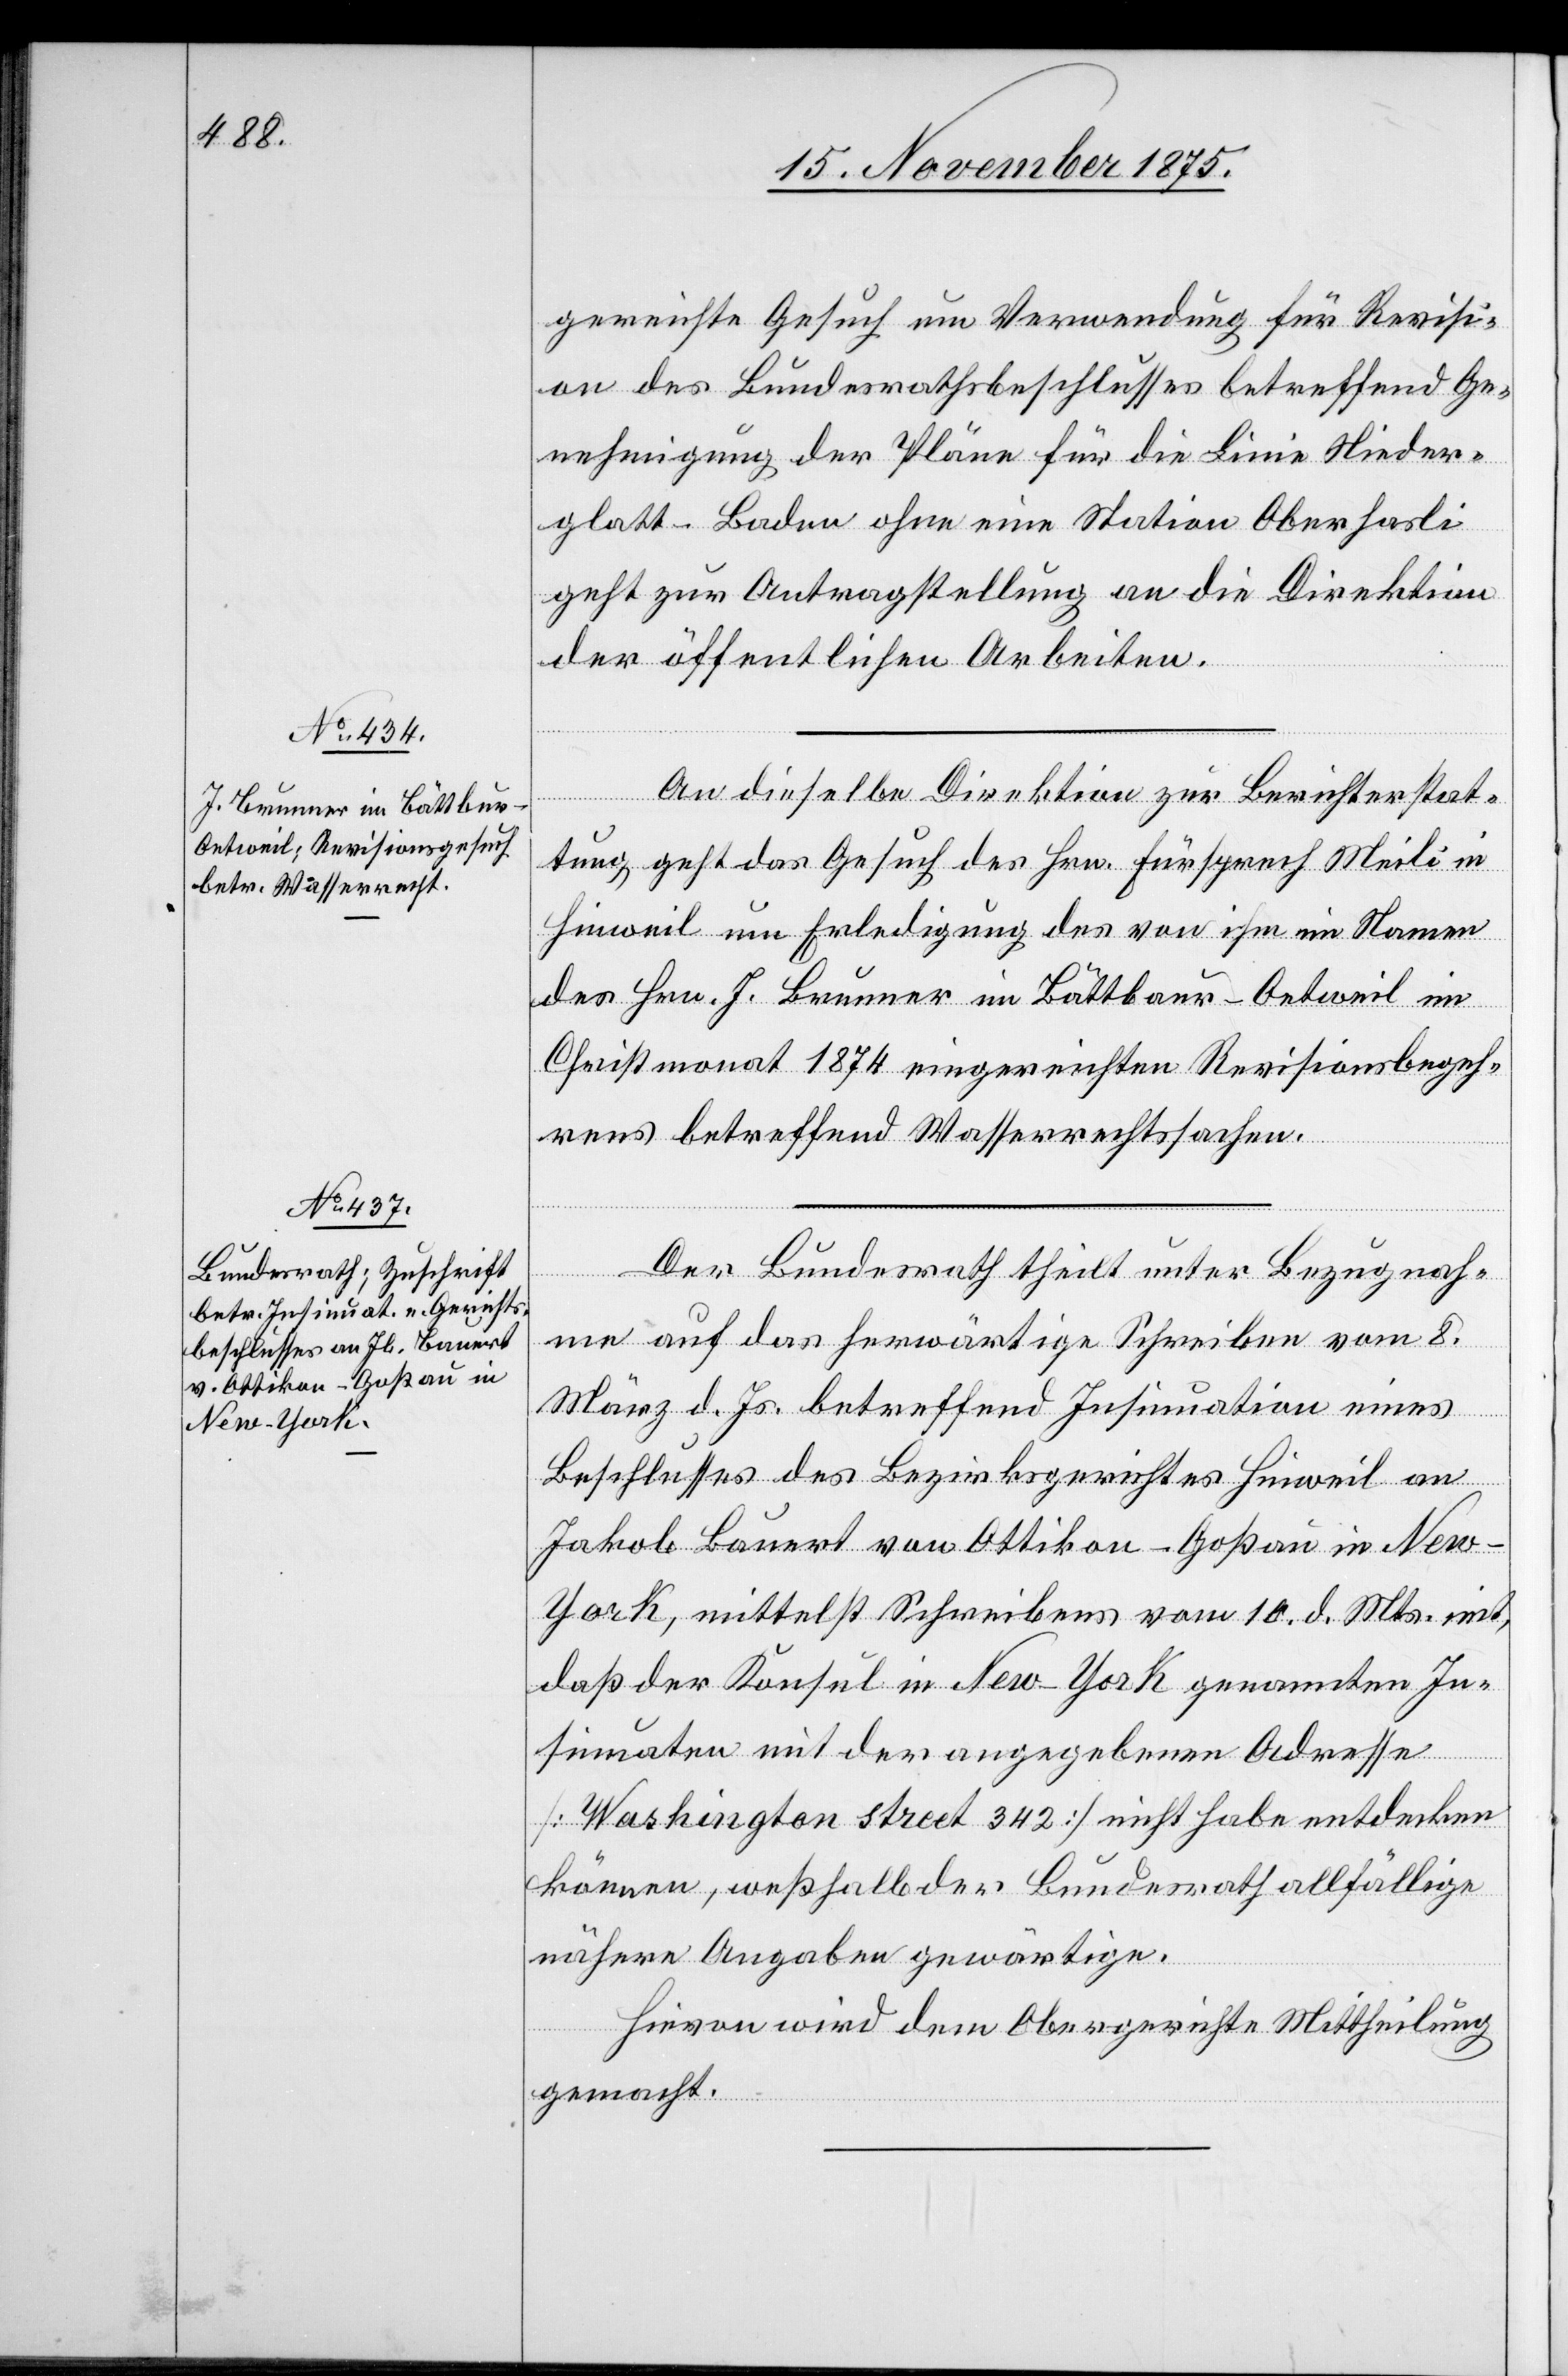
J. Brunner im Bättbaur

16. November 1875.]
gereichte Gesuch um Verwendung für Revisi¬
on des Bundesrathsbeschlusses betreffend Ge¬
nehmigung der Pläne für die Linie Nieder¬
glatt–Baden ohne eine Station Oberhasli
geht zur Antragstellung an die Direktion
der öffentlichen Arbeiten.
An dieselbe Direktion zur Berichterstat¬
tung, geht das Gesuch des Hrn. Fürsprech Meili in
Hinweil um Erledigung des von ihm im Namen
Christmonat 1874 eingereichten Revisionsbegeh¬
rens betreffend Wasserrechtssachen.
Oetweil
Der Bundesrath theilt unter Bezugnah¬
me auf das herwärtige Schreiben vom 8.
März d. Js. betreffend Insinuation eines
Beschlusses des Bezirksgerichtes Hinweil an
Jakob Bauert von Ottikon - Goßau in Ne¬
w-York, mittelst Schreibens vom 10. d. Mts. mit,
daß der Konsul in New-York genannten In¬
sinuaten mit der angegebenen Adresse
[Washingtonstreet 342] nicht habe entdecken
können, weßhalb der Bundesrath allfällige
nähere Angaben gewärtige.
Hievon wird dem Obergerichte Mittheilung
gemacht.